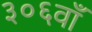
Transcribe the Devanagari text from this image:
३०६वाँ